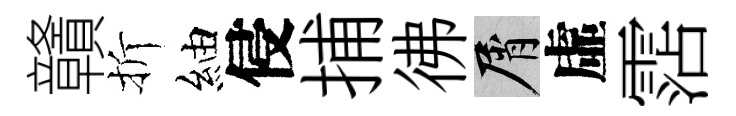
贛折紬侵捕彿屑虛霑